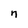
Character: n